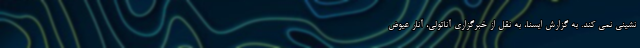
نشینی نمی کند. به گزارش ایسنا، به نقل از خبرگزاری آناتولی، آنار عیوض